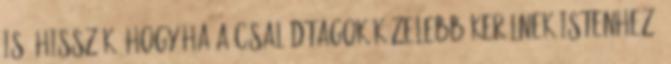
is, hisszük, hogy ha a családtagok közelebb kerülnek Istenhez,